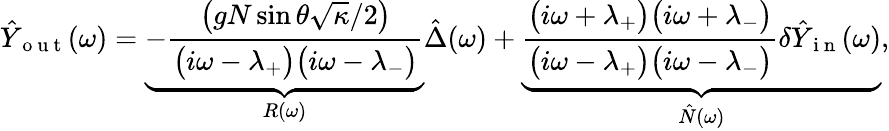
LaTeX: \hat{Y}_{\mathrm{~o~u~t~}}(\omega)=\underbrace{-\frac{\big(gN\sin\theta\sqrt{\kappa}/2\big)}{\big(i\omega-\lambda_{+}\big)\big(i\omega-\lambda_{-}\big)}}_{R(\omega)}\hat{\Delta}(\omega)+\underbrace{\frac{\big(i\omega+\lambda_{+}\big)\big(i\omega+\lambda_{-}\big)}{\big(i\omega-\lambda_{+}\big)\big(i\omega-\lambda_{-}\big)}\delta\hat{Y}_{\mathrm{~i~n~}}(\omega)}_{\hat{N}(\omega)},